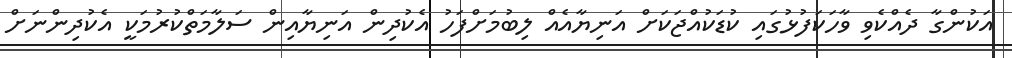
އަކުންގާ ދެއްކެވި ވާހަކަފުޅުގައި ކުޑަކުއްޖަކަށް އަނިޔާއެއް ލިބުމަށްފަހު އެކުދިން އަނިޔާއިން ސަލާމަތްކުރުމަކީ އެކުދިންނަށް